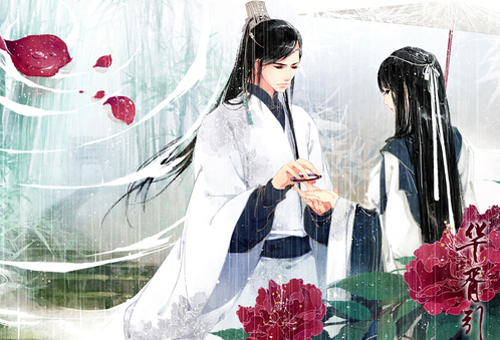
绿蓑江上秋闻笛，红袖楼头夜倚栏。